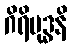
ဂိရိမုဒ္ဓနိ